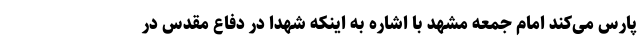
پارس می‌کند امام جمعه مشهد با اشاره به اینکه شهدا در دفاع مقدس در